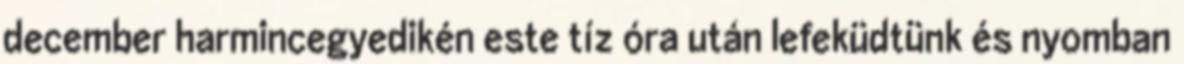
december harmincegyedikén este tíz óra után lefeküdtünk és nyomban